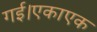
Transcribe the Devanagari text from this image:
गई।एकाएक